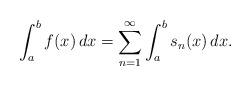
LaTeX: \begin{align*}\int_a^b f(x)\,dx =\sum_{n=1}^\infty \int_a^b s_n(x)\,dx.\end{align*}